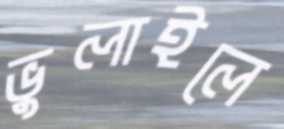
ভুলাইলে